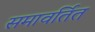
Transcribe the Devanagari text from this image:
समावर्तित